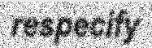
respecify